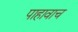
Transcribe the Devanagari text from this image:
पाहावाच